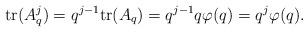
LaTeX: \begin{align*}\mathrm{tr} (A_q^j) =q^{j-1} \mathrm{tr} (A_q)= q^{j-1} q \varphi(q)=q^j \varphi(q).\end{align*}